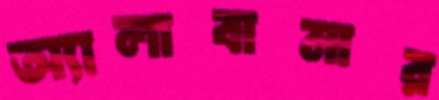
অ্যালাবামার